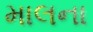
માલના